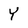
Character: Y